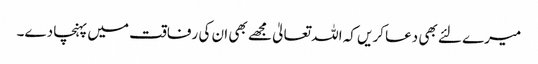
میرے لئے بھی دعا کریں کہ اللہ تعالیٰ مجھے بھی ان کی رفاقت میں پہنچا دے۔